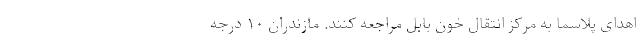
اهدای پلاسما به مرکز انتقال خون بابل مراجعه کنند. مازندران ۱۰ درجه